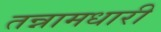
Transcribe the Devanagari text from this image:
तन्नामधारी